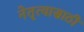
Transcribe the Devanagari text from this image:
नेतृत्वासाठी